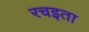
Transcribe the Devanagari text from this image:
रचइता